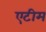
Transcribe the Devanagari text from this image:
एटीम